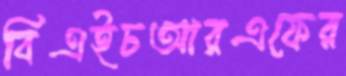
বিএইচআরএফের